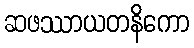
ဆဖဿာယတနိကော